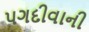
પગદીવાની